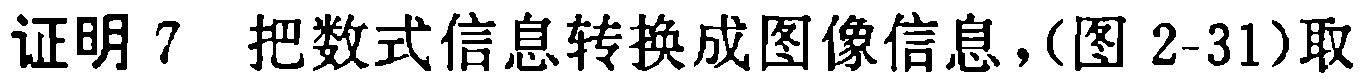
证明 7 把数式信息转换成图像信息，(图 2-31)取